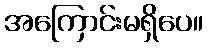
အကြောင်းမရှိပေ။